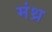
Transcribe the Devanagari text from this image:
मंथ्र